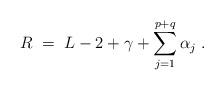
LaTeX: \begin{align*}R \;=\; L-2+\gamma + \sum_{j=1}^{p+q} \alpha_j \;.\end{align*}